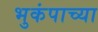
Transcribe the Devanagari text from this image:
भुकंपाच्या